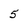
Character: 5